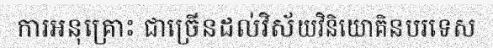
ការអនុគ្រោះ ជាច្រើនដល់វិស័យវិនិយោគិនបរទេស